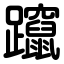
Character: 躥